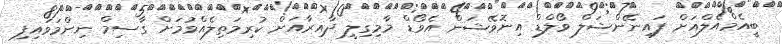
ބީއެމްއެލްއަށް ފައިނޭންޝަލް ވޯލްޑް އިނޮވޭޝަން އެވޯޑް މާމިގިލީ ދާއިރާއަށް ކުރިމަތިލެއްވުމަށް ގާސިމް ނިންމަވައިފި